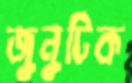
জুনুটিক